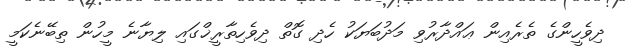
ދިވެހީންގެ ތެރެއިން ޢައްދާރުވި މަދުބަޔަކު ހެދި ގޮތް ދިވެހިތާރީޚްގައި ލިޔާނެ މީހުން ތިބޭނެކަމީ